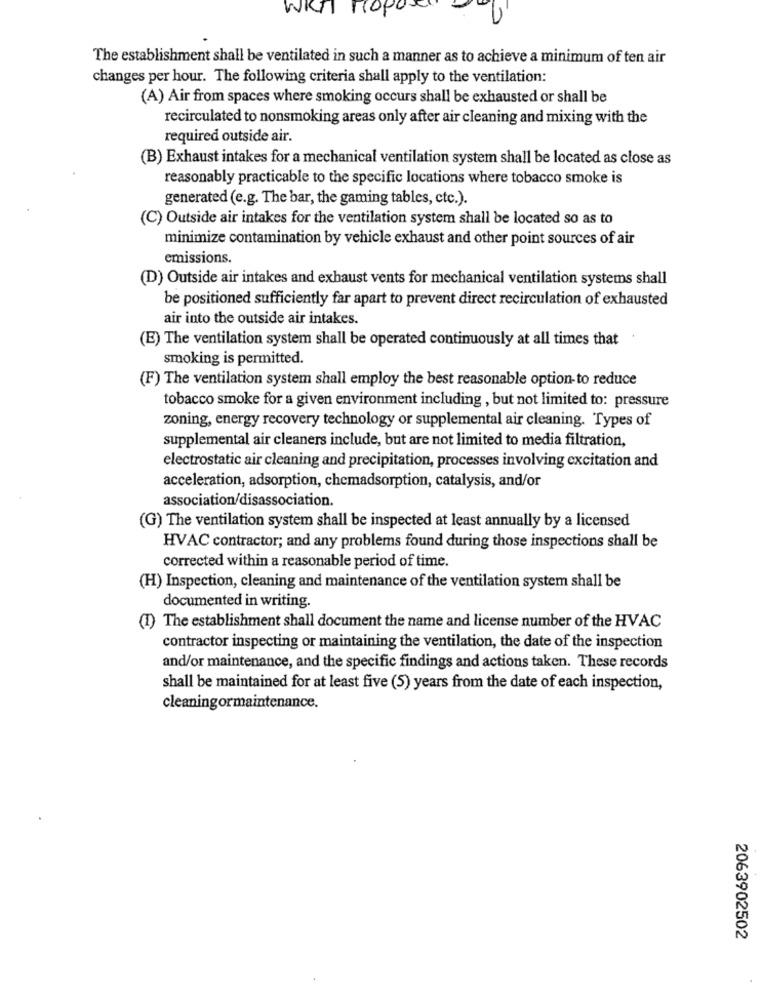
The establishment shall be ventilated in such a manner as to achieve a minimum of ten air
changes per hour. The following criteria shall apply to the ventilation:
(A) Air from spaces where smoking occurs shall be exhausted or shall be
recirculated to nonsmoking areas only after air cleaning and mixing with the
required outside air.
(B) Exhaust intakes for a mechanical ventilation system shall be located as close as
reasonably practicable to the specific locations where tobacco smoke is
generated (e.g. The bar, the gaming tables, etc.).
(C) Outside air intakes for the ventilation system shall be located so as to
minimize contamination by vehicle exhaust and other point sources of air
emissions.
(D) Outside air intakes and exhaust vents for mechanical ventilation systems shall
be positioned sufficiently far apart to prevent direct recirculation of exhausted
air into the outside air intakes.
(E) The ventilation system shall be operated continuously at all times that
smoking is permitted.
(F) The ventilation system shall employ the best reasonable option-to reduce
tobacco smoke for a given environment including , but not limited to: pressure
zoning, energy recovery technology or supplemental air cleaning. Types of
supplemental air cleaners include, but are not limited to media filtration,
electrostatic air cleaning and precipitation, processes involving excitation and
acceleration, adsorption, chemadsorption, catalysis, and/or
association/disassociation.
(G) The ventilation system shall be inspected at least annually by a licensed
HVAC contractor; and any problems found during those inspections shall be
corrected within a reasonable period of time.
(H) Inspection, cleaning and maintenance of the ventilation system shall be
documented in writing.
(1) The establishment shall document the name and license number of the HVAC
contractor inspecting or maintaining the ventilation, the date of the inspection
and/or maintenance, and the specific findings and actions taken. These records
shall be maintained for at least five (5) years from the date of each inspection,
cleaningormaintenance.
2063902502